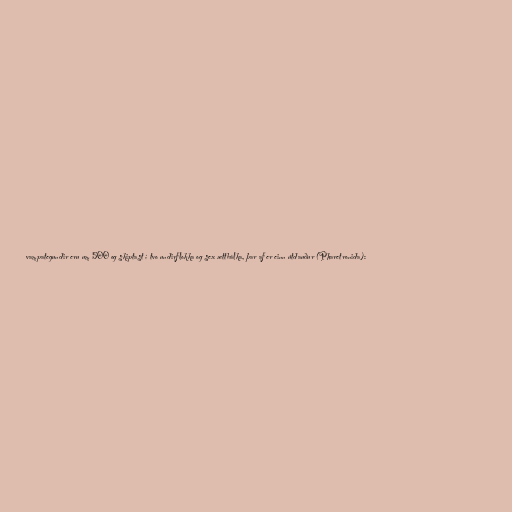
vampategundir eru um 500 og skiptast í tvo undirflokka og sex ættbálka, þar af er einn útdauður (Pharetronida):